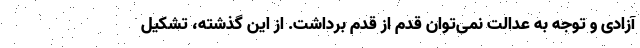
آزادی و توجه به عدالت نمی‌توان قدم از قدم برداشت. از این گذشته، تشکیل